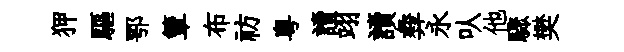
狎驅鄂簟布祊粤讀翊讀彜永㕥他驟樊